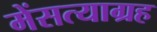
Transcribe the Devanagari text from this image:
मेंसत्याग्रह